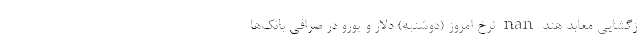
زگشایی معابد هند nan نرخ امروز (دوشنبه) دلار و یورو در صرافی بانک‌ها